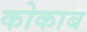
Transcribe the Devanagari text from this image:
कोकाब